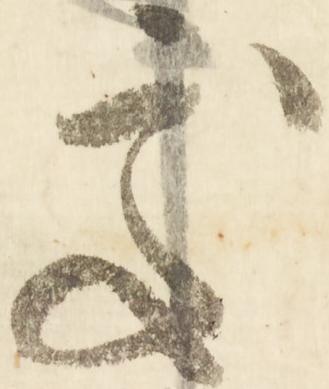
処